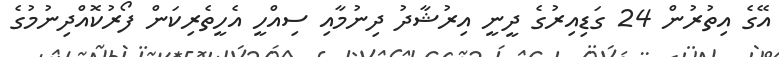
އޭގެ އިތުރުން 24 ގަޑިއިރުގެ ދީނީ އިރުޝާދު ދިނުމާއި ސިއްހީ އެހީތެރިކަން ފޯރުކޮއްދިނުމުގެ